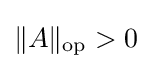
\|A\|_{\text{op}}>0